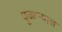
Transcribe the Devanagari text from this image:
पुजार्‍यास